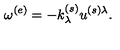
\omega ^ { ( e ) } = - k _ { \lambda } ^ { ( s ) } u ^ { ( s ) \lambda } .